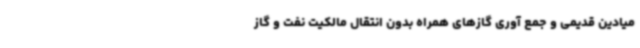
میادین قدیمی و جمع آوری گازهای همراه بدون انتقال مالکیت نفت و گاز